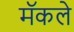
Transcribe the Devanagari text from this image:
मॅकले